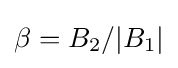
\beta =B_{2}/|B_{1}|